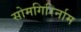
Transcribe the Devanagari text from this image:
सोमगिरिर्नाम